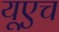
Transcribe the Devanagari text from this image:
यूएच